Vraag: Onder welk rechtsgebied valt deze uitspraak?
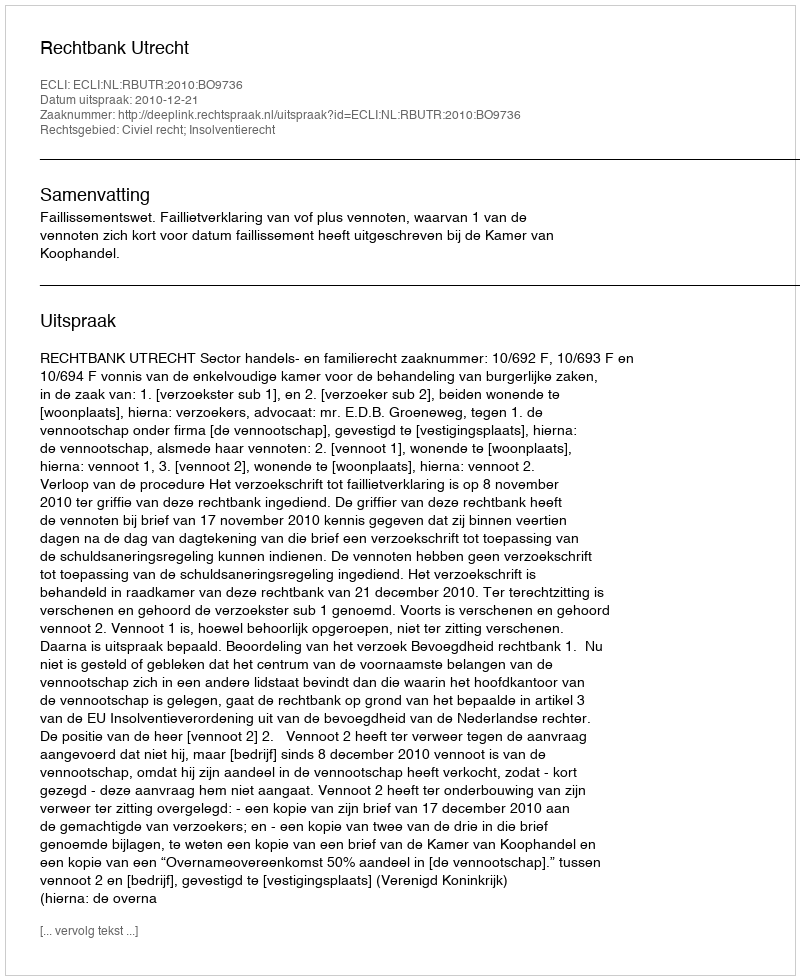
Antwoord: Civiel recht; Insolventierecht